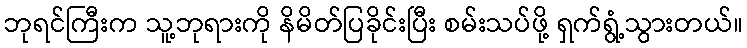
ဘုရင်ကြီးက သူ့ဘုရားကို နိမိတ်ပြခိုင်းပြီး စမ်းသပ်ဖို့ ရှက်ရွံ့သွားတယ်။